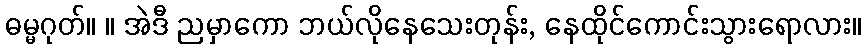
ဓမ္မဂုတ်။ ။ အဲဒီ ညမှာကော ဘယ်လိုနေသေးတုန်း, နေထိုင်ကောင်းသွားရောလား။